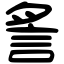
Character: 䚻